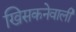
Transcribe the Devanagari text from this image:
खिसकनेवाली